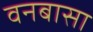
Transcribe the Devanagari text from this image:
वनबासा